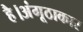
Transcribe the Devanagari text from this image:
है।अंगूठाकार